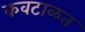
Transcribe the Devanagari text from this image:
कवटाळत